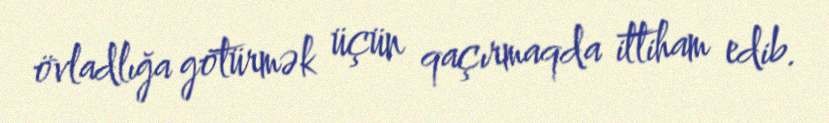
övladlığa götürmək üçün qaçırmaqda ittiham edib.